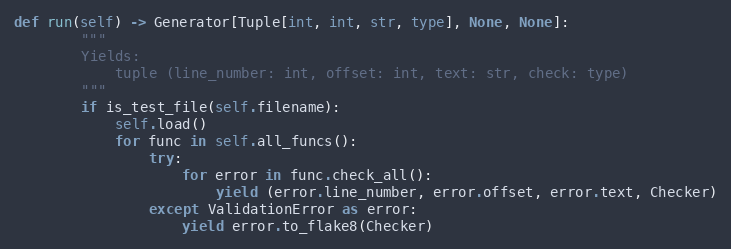
Language: Python
def run(self) -> Generator[Tuple[int, int, str, type], None, None]:
        """
        Yields:
            tuple (line_number: int, offset: int, text: str, check: type)
        """
        if is_test_file(self.filename):
            self.load()
            for func in self.all_funcs():
                try:
                    for error in func.check_all():
                        yield (error.line_number, error.offset, error.text, Checker)
                except ValidationError as error:
                    yield error.to_flake8(Checker)